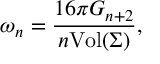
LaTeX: \omega _ { n } = \frac { 1 6 \pi G _ { n + 2 } } { n \mathrm { V o l } ( \Sigma ) } ,